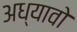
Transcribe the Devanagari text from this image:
अध्यावो